Report of the Indian Hemp Drugs Commission, 1894-1895 - Volume III
Year: 1894
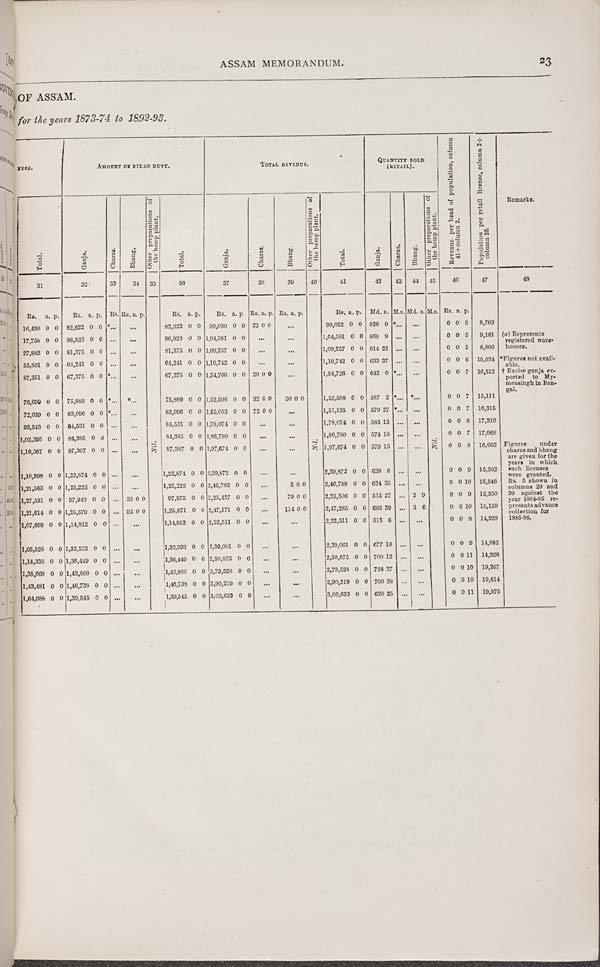
ASSAM MEMORANDUM.
23
OF ASSAM.
for the years 1873-74 to 1892-93.
FEES.
AMOUNT OF FIXED DUTY
TOTAL REVENUE.
QUANTITY SOLD
(RETAIL).
Revenue per head of population, column
41/column 2.
Population per retail license, column 2/
column 26.
Remarks.
FEES.
AMOUNT OF FIXED DUTY
TOTAL REVENUE.
QUANTITY SOLD
(RETAIL).
Revenue per head of population, column
41/column 2.
Population per retail license, column 2/
column 26.
Remarks.
FEES.
AMOUNT OF FIXED DUTY
TOTAL REVENUE.
QUANTITY SOLD
(RETAIL).
Revenue per head of population, column
41/column 2.
Population per retail license, column 2/
column 26.
Remarks.
Tot al .
Ganj a.
Charas.
Bhang.
Other preparations of
the hemp plant.
Total.
Ganja.
Char as.
Bhang.
Other preparations of
the hemp plant.
Total.
Ganja.
Charas.
Bhang.
Other preparations of
the hemp plant.
Revenue per head of population, column
41/column 2.
Population per retail license, column 2/
column 26.
Remarks.
Tot al .
Ganj a.
Charas.
Bhang.
Other preparations of
the hemp plant.
Total.
Ganja.
Char as.
Bhang.
Other preparations of
the hemp plant.
Total.
Ganja.
Charas.
Bhang.
Other preparations of
the hemp plant.
Revenue per head of population, column
41/column 2.
Population per retail license, column 2/
column 26.
Remarks.
31
32
33
34
35
36
37
38
39
40
41
42
43
44
45
46
47
48
Rs.
a. p.
Rs. a. p.
Rs.
Rs. a. p.
Nil.
Rs. a. p.
Rs. a. p Rs. a. p. Rs. a. p.
Nil.
Rs. a. p. Md. s. M.S. Md. s. M.s. Rs a. p.
16,430 0 0 82,622 0 0
Nil.
82,622 0 0 99,030 0 0 22 0 0
Nil.
99,052 0 0 826 9
Nil.
0 0 5
8,769
(a) Represents
registered ware-
houses.
*Figures not avail-
able.
† Excise ganja ex-
ported to My-
mensingh in Ben-
gal.
17,758 0 0 86,823 0 0
Nil.
86,823 0 0 1,04,581 0 0
Nil.
1,04,581 0 0 868 9
Nil.
0 0 5
9,161 (a) Represents
registered ware-
houses.
*Figures not avail-
able.
† Excise ganja ex-
ported to My-
mensingh in Ben-
gal.
27,882 0 0 81,375 0 0
Nil.
81,375 0 0 1,09,257 0 0
Nil.
1,09,257 0 0 814 22
Nil.
0 0 5
8,806
(a) Represents
registered ware-
houses.
*Figures not avail-
able.
† Excise ganja ex-
ported to My-
mensingh in Ben-
gal.
55,501 0 0 64,241 0 0
Nil.
64,241 0 0 1,19,742 0 0
Nil.
1,19,742 0 0 633 37
Nil.
0 0 6 15,034
(a) Represents
registered ware-
houses.
*Figures not avail-
able.
† Excise ganja ex-
ported to My-
mensingh in Ben-
gal.
87,351 0 0 67,375 0 0
Nil.
67,375 0 0 1,54,706 0 0 20 0 0
Nil.
1,54,726 0 0 642 0
Nil.
0 0 7 16,512
(a) Represents
registered ware-
houses.
*Figures not avail-
able.
† Excise ganja ex-
ported to My-
mensingh in Ben-
gal.
76,699 0 0 75,889 0 0
Nil.
75,889 0 0 1,52,506 0 0 32 0 0
50 0 0
Nil.
1,52,588 0 0 587 2
Nil.
0 0 7 15,111
(a) Represents
registered ware-
houses.
*Figures not avail-
able.
† Excise ganja ex-
ported to My-
mensingh in Ben-
gal.
72,039 0 0 83,096 0 0
Nil.
83,096 0 0 1,55,063 0 0 72 0 0
Nil.
1,55,135 0 0 570 27
Nil.
0 0 7 16,315
93,543 0 0 84,531 0 0
Nil.
84,531 0 0 1,78,074 0 0
Nil.
1,78,074 0 0 583 13
Nil.
0 0 8 17,310
1,02,395 0 0 84,385 0 0
Nil.
84,385 0 0 1,86,780 0 0
Nil.
1,86,780 0 0 574 15
Nil.
0 0 7 17,068
1,10,367 0 0 87,307 0 0
Nil.
87,307
0
0 1,97,674 0 0
Nil.
1,97,674 0 0 579 15
Nil.
0 0 8 16,603 Figures
under
charas and bhang
are given for the
Tears in which
such licenses
were granted.
Rs. 5 shown in
columns 29 and
39 against the
year 1884-85 re-
presents advance
collection for
1885-86.
1,16,998 0 0 1,22,874 0 0
Nil.
1,22,874
0
0 2,39,872 0 0
Nil.
2,39,872 0 0 638 6
Nil.
0 0 9 15,302
Figures
under
charas and bhang
are given for the
Tears in which
such licenses
were granted.
Rs. 5 shown in
columns 29 and
39 against the
year 1884-85 re-
presents advance
collection for
1885-86.
1,21,563 0 0 1,25,225 0 0
Nil.
1,25,225
0
0 2,46,783 0 0
5 0 0
Nil.
2,46,788 0 0 634 35
Nil.
0 0 10 15,546
Figures
under
charas and bhang
are given for the
Tears in which
such licenses
were granted.
Rs. 5 shown in
columns 29 and
39 against the
year 1884-85 re-
presents advance
collection for
1885-86.
1,27,531 0 0 97,940 0 0
35 0 0
Nil.
97,975
0
0 2,25,427 0 0
79 0 0
Nil.
2,25,506 0 0 515 27
3 9
Nil.
0 0 9 15,350
Figures
under
charas and bhang
are given for the
Tears in which
such licenses
were granted.
Rs. 5 shown in
columns 29 and
39 against the
year 1884-85 re-
presents advance
collection for
1885-86.
1,21,614 0 0 1,25,579 0 0
92 0 0
Nil.
1,25,671
0
0 2,47,171 0 0
114 0 0
Nil.
2,47,285 0 0 666 39
3 6
Nil.
0 0 10 15,159
Figures
under
charas and bhang
are given for the
Tears in which
such licenses
were granted.
Rs. 5 shown in
columns 29 and
39 against the
year 1884-85 re-
presents advance
collection for
1885-86.
1,07,699 0 0 1,14,812 0 0
Nil.
1,14,812 0 0 2,22,511 0 0
Nil.
2,22,511 0 0 613 6
Nil.
0 0 8 14,928
Figures
under
charas and bhang
are given for the
Tears in which
such licenses
were granted.
Rs. 5 shown in
columns 29 and
39 against the
year 1884-85 re-
presents advance
collection for
1885-86.
1,05,528 0 0 1,33,533 0 0
Nil.
1,33,533 0 0 2,39,061 0 0
Nil.
2,39,061 0 0 677 10
Nil.
0 0 9 14,882
1,14,336 0 0 1,36,449 0 0
Nil.
1,36,449 0 0 2,50,875 0 0
Nil.
2,50,875 0 0 700 12
Nil.
0 0 11 14,928
1,35,668 0 0 1,43,860 0 0
Nil.
1,43,860 0 0 2,79,528 0 0
Nil.
2,79,528 0 0 728 27
Nil.
0 0 10 19,267
1,43,481 0 0 1,46,738 0 0
1,46,738 0 0 2,90,219 0 0
Nil.
2,90,219 0 0 700 38
Nil.
0 0 10 19,614
1,64,088 0 0 1,39,545 0 0
1,39,545 0 0 3,03,633 0 0
Nil.
3,03,633 0 0 620 25
Nil.
0 0 11 19,975